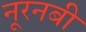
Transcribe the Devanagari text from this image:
नूरनबी